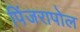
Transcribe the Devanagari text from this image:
पिंजरापोल